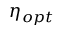
\eta _ { o p t }